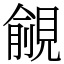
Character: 覦